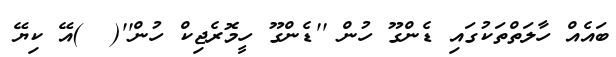
ބައެއް ހާލަތްތަކުގައި ޑެންގޫ ހުން ''ޑެންގޫ ހީމޮރެޖިކް ހުން''(  )އޭ ކިޔޭ